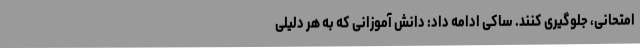
امتحانی، جلوگیری کنند. ساکی ادامه داد: دانش آموزانی که به هر دلیلی